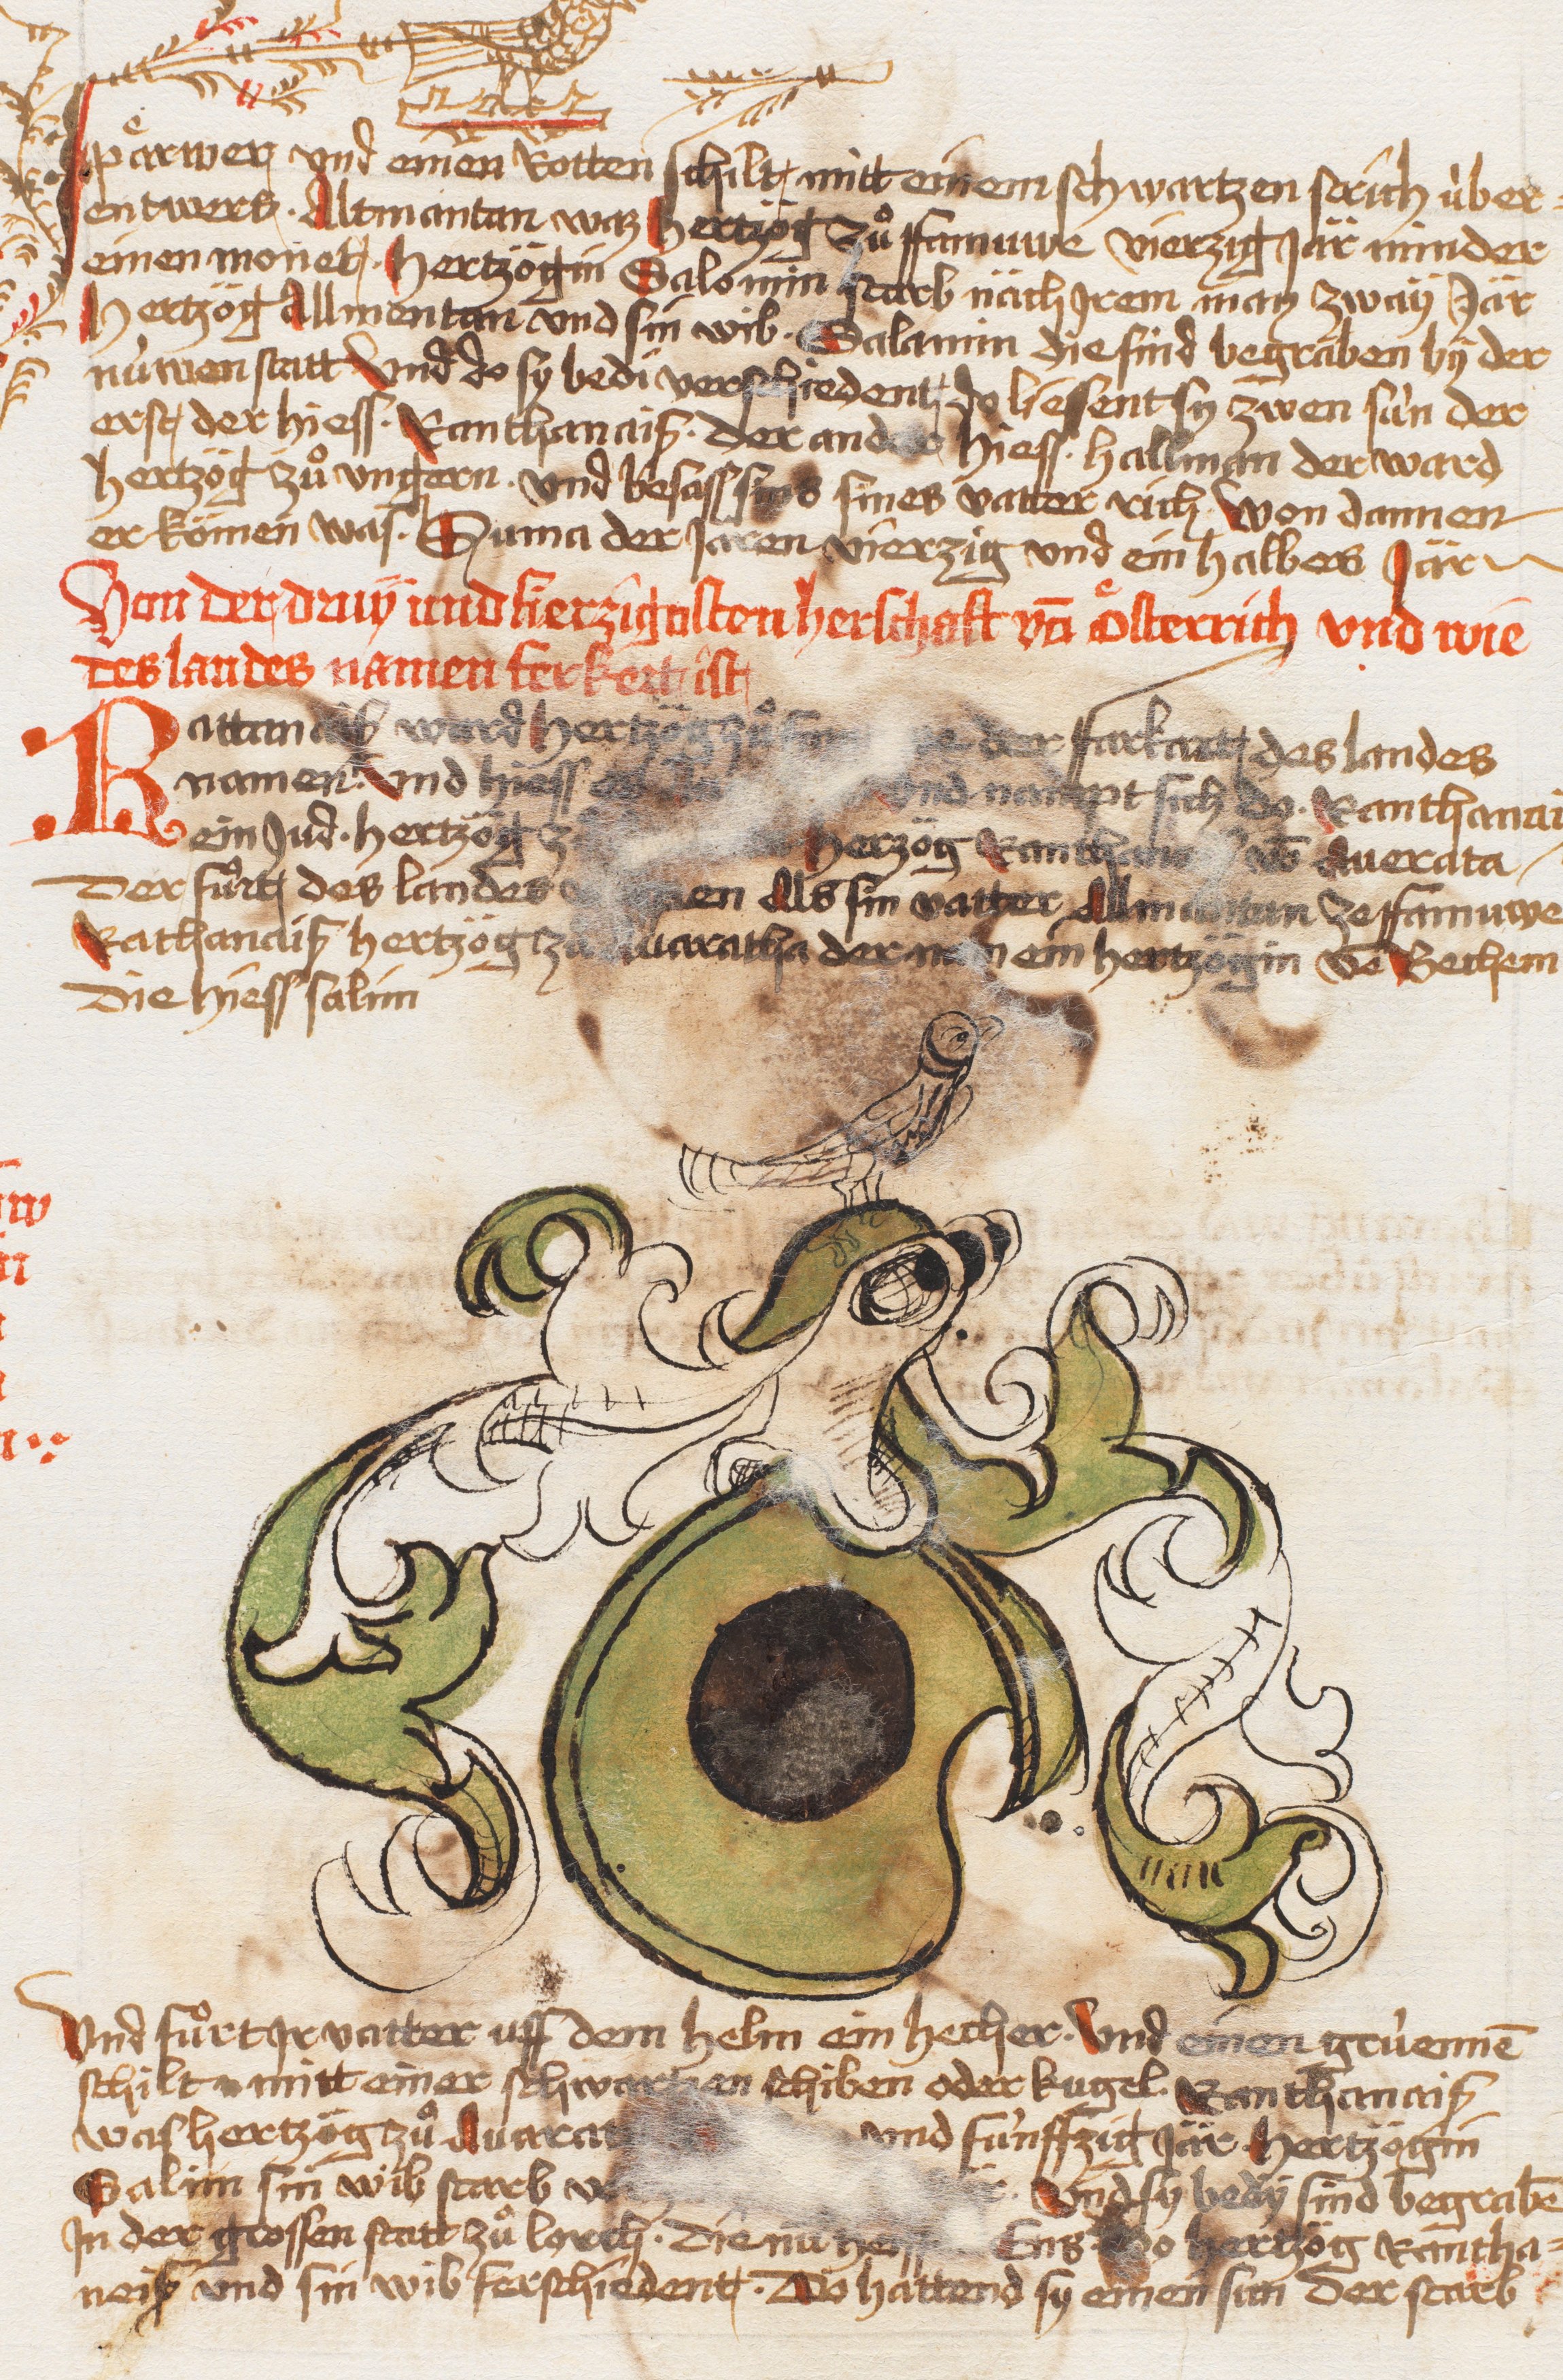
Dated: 1479–1480